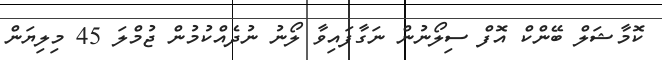
ކޮމާޝަލް ބޭންކް އޮފް ސިލޯނުން ނަގާފައިވާ ލޯނު ނުދެއްކުމުން ޖުމްލަ 45 މިލިޔަން